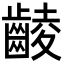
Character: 𪘵